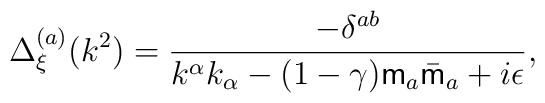
\Delta_{\xi}^{(a)}(k^2) =\frac{-\delta^{ab}}{k^{\alpha}k_{\alpha}-(1-\gamma){\sf m}_a\bar{\sf m}_a +i\epsilon},